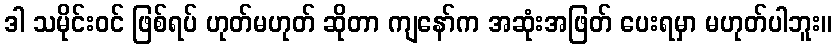
ဒါ သမိုင်းဝင် ဖြစ်ရပ် ဟုတ်မဟုတ် ဆိုတာ ကျနော်က အဆုံးအဖြတ် ပေးရမှာ မဟုတ်ပါဘူး။